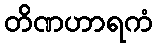
တိဏဟာရကံ